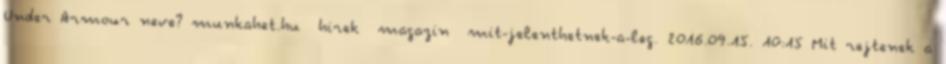
Under Armour neve? munkahet.hu hirek magazin mit-jelenthetnek-a-leg. 2016.09.15. 10:15 Mit rejtenek a